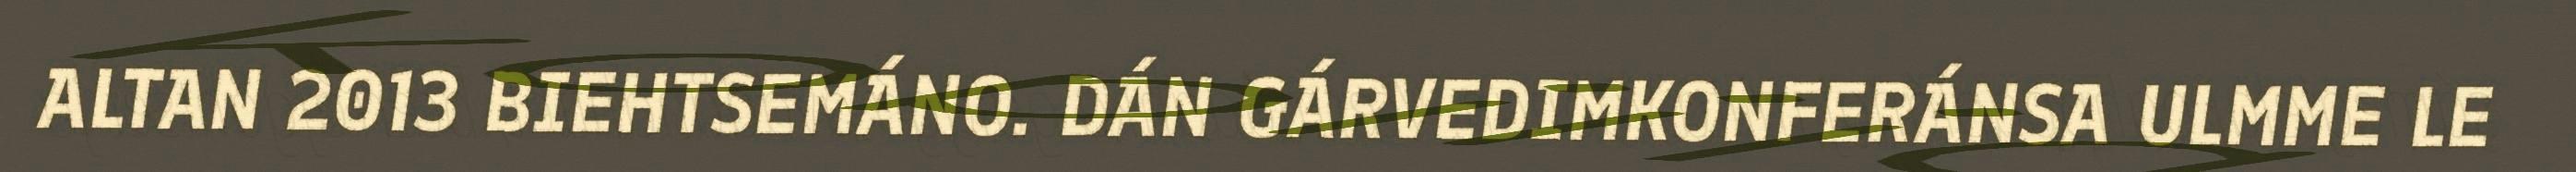
ALTAN 2013 BIEHTSEMÁNO. DÁN GÁRVEDIMKONFERÁNSA ULMME LE